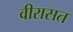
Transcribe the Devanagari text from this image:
वीरासत